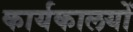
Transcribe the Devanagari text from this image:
कार्यकालयों